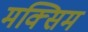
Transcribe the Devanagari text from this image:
मक्सिम